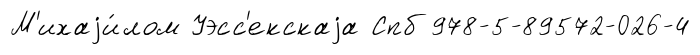
М'ихаjи́лом Уэсс'екскаjа Спб 978-5-89572-026-4